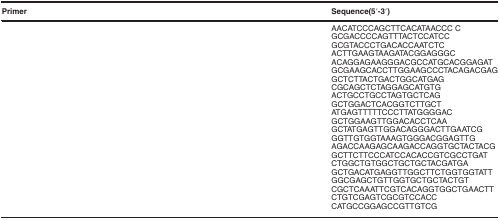
<table><thead><tr><td><b>Primer</b></td><td><b>Sequence(5′-3′)</b></td></tr></thead><tbody><tr><td>[EMPTY_CELL]</td><td>AACATCCCAGCTTCACATAACCC C</td></tr><tr><td>[EMPTY_CELL]</td><td>GCGACCCCAGTTTACTCCATCC</td></tr><tr><td>[EMPTY_CELL]</td><td>GCGTACCCTGACACCAATCTC</td></tr><tr><td>[EMPTY_CELL]</td><td>ACTTGAAGTAAGATACGGAGGGC</td></tr><tr><td>[EMPTY_CELL]</td><td>ACAGGAGAAGGGACGCCATGCACGGAGAT</td></tr><tr><td>[EMPTY_CELL]</td><td>GCGAAGCACCTTGGAAGCCCTACAGACGAG</td></tr><tr><td>[EMPTY_CELL]</td><td>GCTCTTACTGACTGGCATGAG</td></tr><tr><td>[EMPTY_CELL]</td><td>CGCAGCTCTAGGAGCATGTG</td></tr><tr><td>[EMPTY_CELL]</td><td>ACTGCCTGCCTAGTGCTCAG</td></tr><tr><td>[EMPTY_CELL]</td><td>GCTGGACTCACGGTCTTGCT</td></tr><tr><td>[EMPTY_CELL]</td><td>ATGAGTTTTTCCCTTATGGGGAC</td></tr><tr><td>[EMPTY_CELL]</td><td>GCTGGAAGTTGGACACCTCAA</td></tr><tr><td>[EMPTY_CELL]</td><td>GCTATGAGTTGGACAGGGACTTGAATCG</td></tr><tr><td>[EMPTY_CELL]</td><td>GGTTGTGGTAAAGTGGGACGGAGTTG</td></tr><tr><td>[EMPTY_CELL]</td><td>AGACCAAGAGCAAGACCAGGTGCTACTACG</td></tr><tr><td>[EMPTY_CELL]</td><td>GCTTCTTCCCATCCACACCGTCGCCTGAT</td></tr><tr><td>[EMPTY_CELL]</td><td>CTGGCTGTGGCTGCTGCTACGATGA</td></tr><tr><td>[EMPTY_CELL]</td><td>GCTGACATGAGGTTGGCTTCTGGTGGTATT</td></tr><tr><td>[EMPTY_CELL]</td><td>GGCGAGCTGTTGGTGCTGCTACTGT</td></tr><tr><td>[EMPTY_CELL]</td><td>CGCTCAAATTCGTCACAGGTGGCTGAACTT</td></tr><tr><td>[EMPTY_CELL]</td><td>CTGTCGAGTCGCGTCCACC</td></tr><tr><td>[EMPTY_CELL]</td><td>CATGCCGGAGCCGTTGTCG</td></tr></tbody></table>